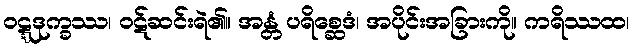
ဝဋ္ဋဒုက္ခဿ၊ ဝဋ်ဆင်းရဲ၏။ အန္တံ ပရိစ္ဆေဒံ၊ အပိုင်းအခြားကို။ ကရိဿထ၊